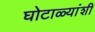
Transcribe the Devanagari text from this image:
घोटाळ्यांशी